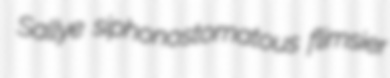
Sallye siphonostomatous flimsier